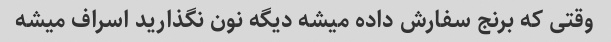
وقتی که برنج سفارش داده میشه دیگه نون نگذارید اسراف میشه